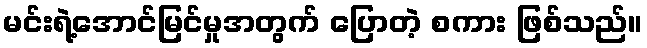
မင်းရဲ့အောင်မြင်မှုအတွက် ပြောတဲ့ စကား ဖြစ်သည်။